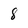
Character: 8